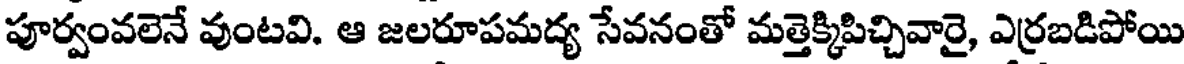
పూర్వంవలెనే వుంటవి. ఆ జలరూపమద్య సేవనంతో మత్తెక్కిపిచ్చివారై, ఎర్రబడిపోయి